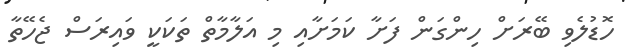
ހޮޑުލެވި ބޭރަށް ހިންގަން ފަށާ ކަމަށާއި މި އަލާމާތް ތަކަކީ ވައިރަސް ޖެހޭތާ